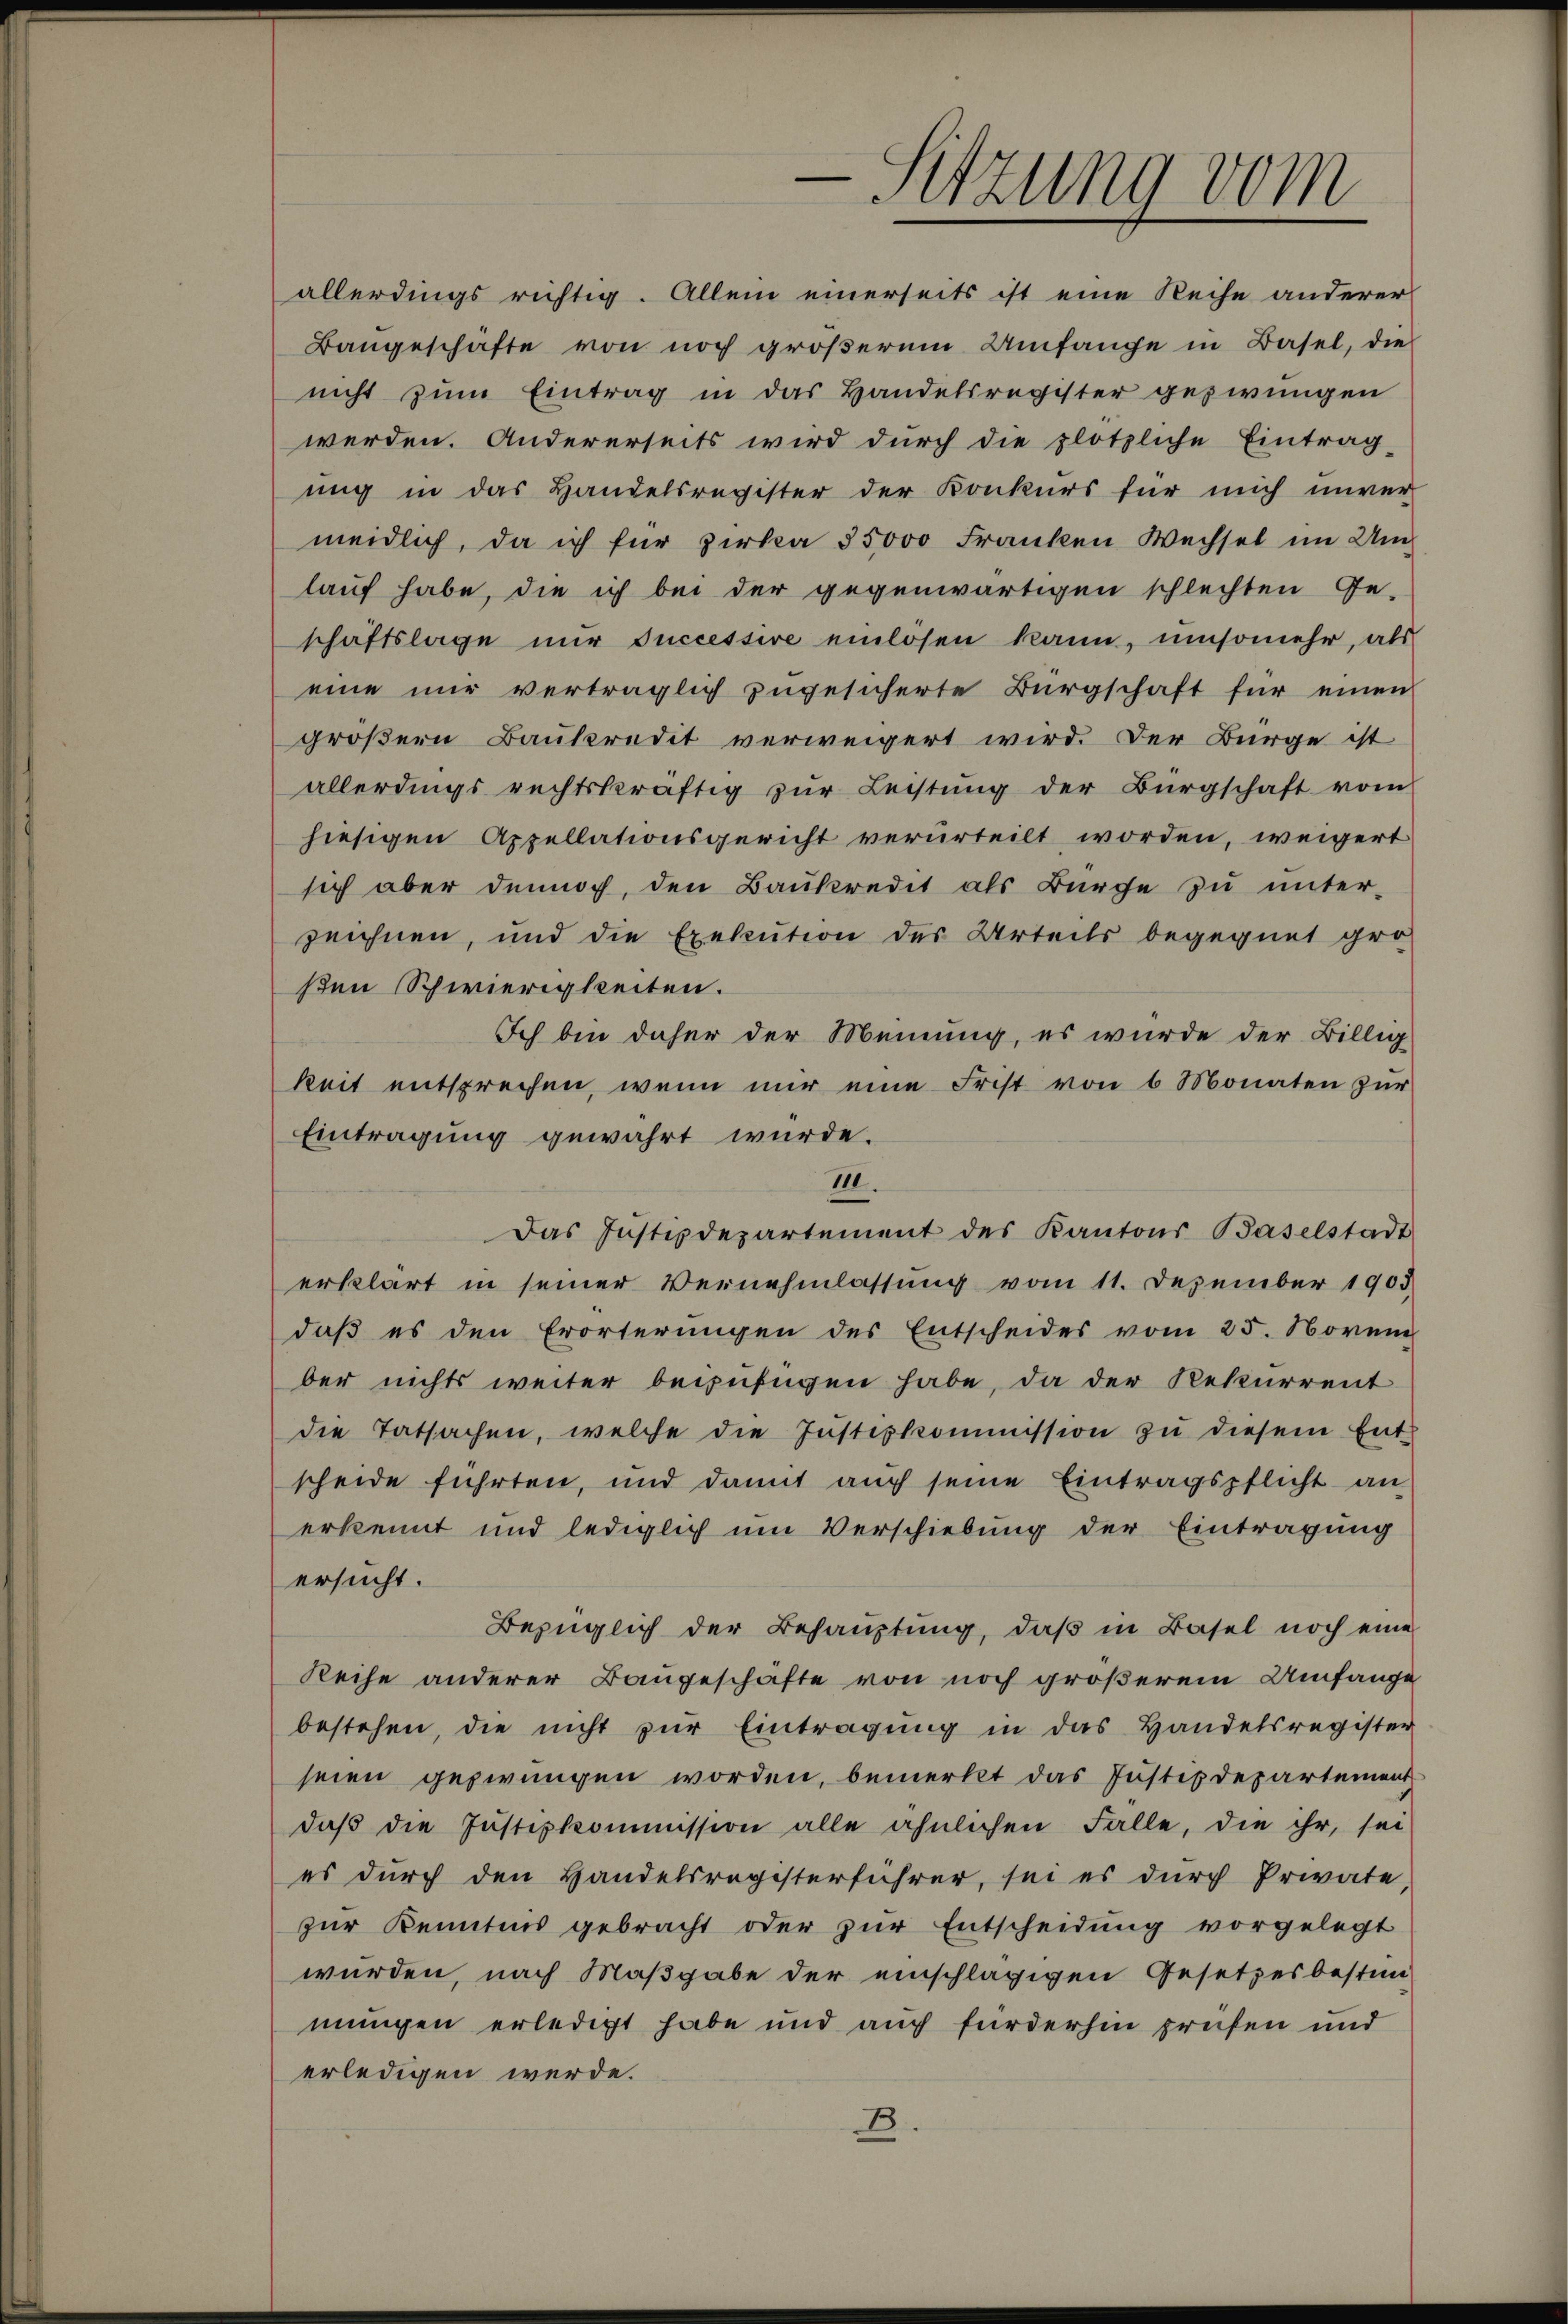
Sitzung vom

allerdings richtig. Allein einerseits ist eine Reihe anderer
Bangeschäfte von noch größerem Umfange in Basel, die
nicht zum Eintrag in das Handelsregister gezwungen
werden. Andererseits wird durch die plötzliche Eintrag-
ung in das Handelsregister der Konkurs für mich unver-
meidlich, da ich für Zirka 35000 Franken Wechsel im Umlauf habe, die ich bei der gegenwärtigen schlechten Ge-
schaftslage nŭr successive einlösen kann, umsomehr, als
eine nur verträglich zugesicherte Bürgschaft für einen
größern Baukredit verweigert wird. Der Bürge ist
allerdings rechtskräftig zŭr Leistŭng der Bürgschaft vom
hiesigen Appellationsgericht verurteilt worden, weigert
sich aber dennoch, den Baukredit als Bürche zu unter-
zeichnen, und die Exekution des Urteils begegnet gro
ßen Schwierigkeiten.
Ich bin daher der Meinung, es wurde der Billig
keit entsprechen, wenn nur eine Frist von 6 Monaten zur
Eintragung gewahrt wurde.
III.
Das Justizdepartement des Kantons Baselstadt
erklärt in seiner Vernehmlassung vom 11. Dezember 1903
daß es den Erörterungen des Entscheides vom 25. Novem
ber nichts weiter beizufügen habe, da der Rekurrent
die Tatsachen, welche die Justizkommission zŭ diesem Ent-
scheide führten, und damit auch seine Eintragspflicht an
erkennt und lediglich um Verschiebung der Eintragung
ersucht.
Bezüglich der Behauptung, daß in Basel noch eine
Reihe anderer Baugeschäfte von noch größerem Umfange
bestehen, die nicht zŭr Eintragung in das Handelsregister
seien gezwungen worden, bemerkt das Justizdepartement
daβ die Justizkommission alle ähnlichen Falle, die ihr, sei
es durch den Handelsregisterführer, sei es dŭrch Private,
zur Kenntnis gebracht oder zur Entscheidung vorgelegt
wurden, nach Maßgabe der einschlägigen Gesetzesbestim-
mungen erledigt habe und auch fürderhin prüfen und
erledigen werde.
B.